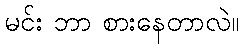
မင်း ဘာ စားနေတာလဲ။